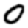
Digit: 0